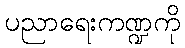
ပညာရေးကဏ္ဍကို